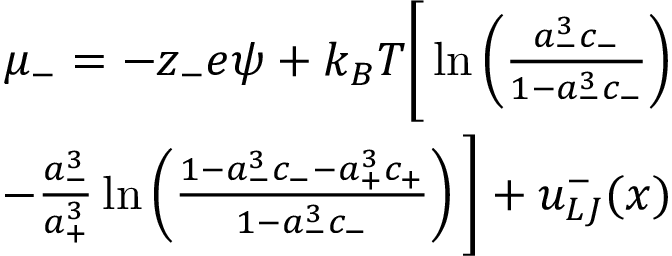
\begin{array} { r } { \mu _ { - } = - z _ { - } e \psi + k _ { B } T \Bigg [ \ln \left( { \frac { a _ { - } ^ { 3 } c _ { - } } { 1 - a _ { - } ^ { 3 } c _ { - } } } \right) } \\ { - \frac { a _ { - } ^ { 3 } } { a _ { + } ^ { 3 } } \ln \left( { \frac { 1 - a _ { - } ^ { 3 } c _ { - } - a _ { + } ^ { 3 } c _ { + } } { 1 - a _ { - } ^ { 3 } c _ { - } } } \right) \Bigg ] + u _ { L J } ^ { - } ( x ) } \end{array}